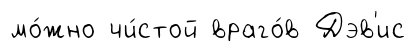
мо́жно чи́стой враго́в Дэв'ис